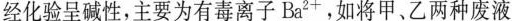
经化验呈碱性，主要为有毒离子Ba^{2+}，如将甲、乙两种废液